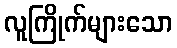
လူကြိုက်များသော